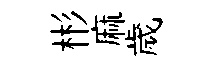
彬麻歲